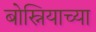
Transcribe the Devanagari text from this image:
बोस्नियाच्या